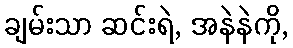
ချမ်းသာ ဆင်းရဲ, အနဲနဲကို,